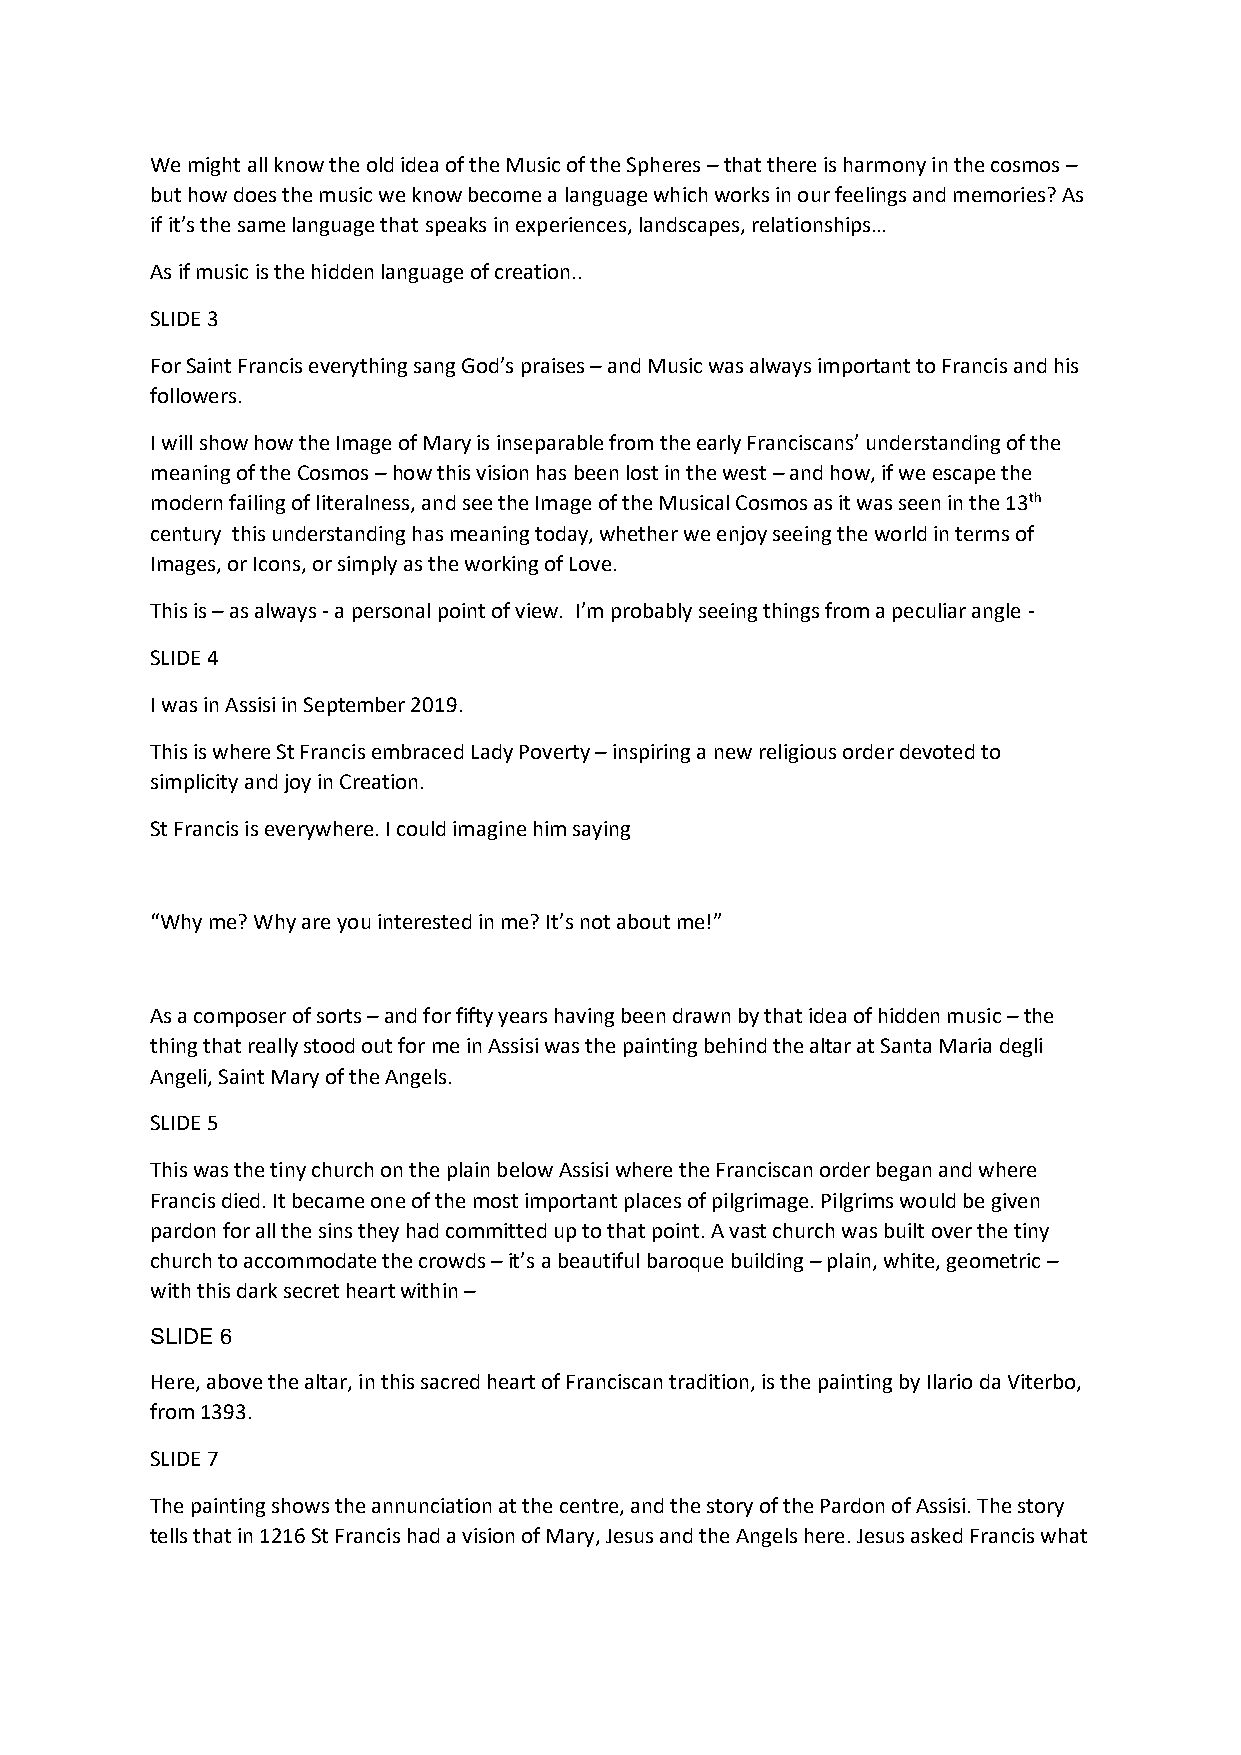
We might all know the old idea of the Music of the Spheres – that there is harmony in the cosmos –
 but how does the music we know become a language which works in our feelings and memories? As
 if it’s the same language that speaks in experiences, landscapes, relationships…
 As if music is the hidden language of creation..
 SLIDE 3
 For Saint Francis everything sang God’s praises – and Music was always important to Francis and his
 followers.
 I will show how the Image of Mary is inseparable from the early Franciscans’ understanding of the
 meaning of the Cosmos – how this vision has been lost in the west – and how, if we escape the
 modern failing of literalness, and see the Image of the Musical Cosmos as it was seen in the 13th
 century this understanding has meaning today, whether we enjoy seeing the world in terms of
 Images, or Icons, or simply as the working of Love.
 This is – as always - a personal point of view. I’m probably seeing things from a peculiar angle -
 SLIDE 4
 I was in Assisi in September 2019.
 This is where St Francis embraced Lady Poverty – inspiring a new religious order devoted to
 simplicity and joy in Creation.
 St Francis is everywhere. I could imagine him saying
 “Why me? Why are you interested in me? It’s not about me!”
 As a composer of sorts – and for fifty years having been drawn by that idea of hidden music – the
 thing that really stood out for me in Assisi was the painting behind the altar at Santa Maria degli
 Angeli, Saint Mary of the Angels.
 SLIDE 5
 This was the tiny church on the plain below Assisi where the Franciscan order began and where
 Francis died. It became one of the most important places of pilgrimage. Pilgrims would be given
 pardon for all the sins they had committed up to that point. A vast church was built over the tiny
 church to accommodate the crowds – it’s a beautiful baroque building – plain, white, geometric –
 with this dark secret heart within –
 SLIDE 6
 Here, above the altar, in this sacred heart of Franciscan tradition, is the painting by Ilario da Viterbo,
 from 1393.
 SLIDE 7
 The painting shows the annunciation at the centre, and the story of the Pardon of Assisi. The story
 tells that in 1216 St Francis had a vision of Mary, Jesus and the Angels here. Jesus asked Francis what